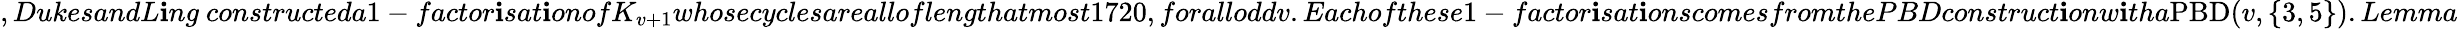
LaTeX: ,DukesandL\mathbf{i}ng~constructeda1-factor\mathbf{i}sat\mathbf{i}onofK_{v+1}whosecyclesarealloflengthatmost1720,foralloddv.Eachofthese1-factor\mathbf{i}sat\mathbf{i}onscomesfromthePBDconstruct\mathbf{i}onw\mathbf{i}tha\mathrm{{PBD}}(v,\{ 3,5\} ).Lemma